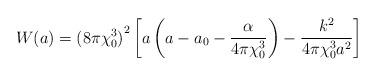
LaTeX: \begin{align*}W(a) = {(8\pi \chi_{0}^{3})}^{2} \left[ a \left(a - a_{0} -\frac{\alpha}{4\pi \chi_{0}^{3}} \right) - \frac{k^{2}}{4\pi \chi_{0}^{3}a^{2}} \right]\end{align*}